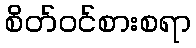
စိတ်ဝင်စားစရာ